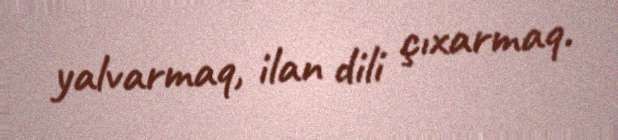
yalvarmaq, ilan dili çıxarmaq.